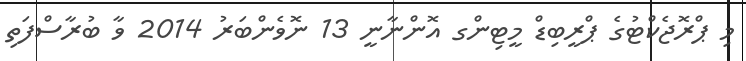
މި ޕްރޮޖެކްޓުގެ ޕްރީބިޑް މީޓިންގ އޮންނާނީ 13 ނޮވެންބަރު 2014 ވާ ބުރާސްފަތި